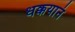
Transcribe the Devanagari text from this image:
धक्कयानं